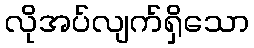
လိုအပ်လျက်ရှိသော